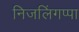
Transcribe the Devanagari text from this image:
निजलिंगप्पा